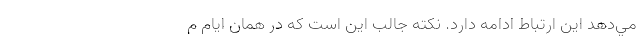
مي‌دهد اين ارتباط ادامه دارد. نكته جالب اين است كه در همان ايام م